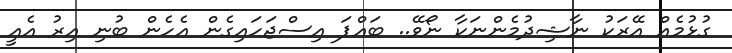
ގުޅުމެއް އޭރަކު ނާޝިދުމެންނަކާ ނޯވޭ.. ބައްޕަ އިސްޖަހައިގެން އެހެން ބުނި އިރު އެއީ